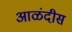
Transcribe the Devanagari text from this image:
आळंदीस